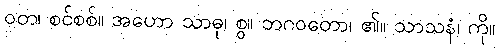
ဝတ၊ စင်စစ်။ အဟော သာဓု၊ စွ။ ဘဂဝတော၊ ၏။ သာသနံ၊ ကို။